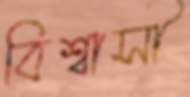
বিশ্বাসী